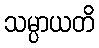
သမ္ပာယတိ